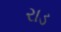
રાડ